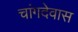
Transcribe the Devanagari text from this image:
चांगदेवास